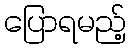
ပြောရမည့်